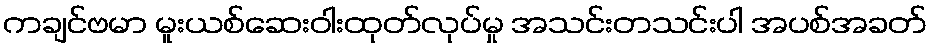
ကချင်ဗမာ မူးယစ်ဆေးဝါးထုတ်လုပ်မှု အသင်းတသင်းပါ အပစ်အခတ်